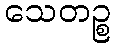
သေတဉ္စ